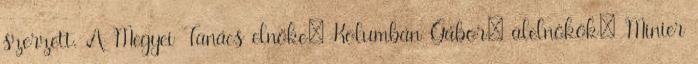
szerzett. A Megyei Tanács elnöke: Kolumbán Gábor; alelnökök: Minier